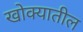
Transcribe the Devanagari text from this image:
खोक्यातील